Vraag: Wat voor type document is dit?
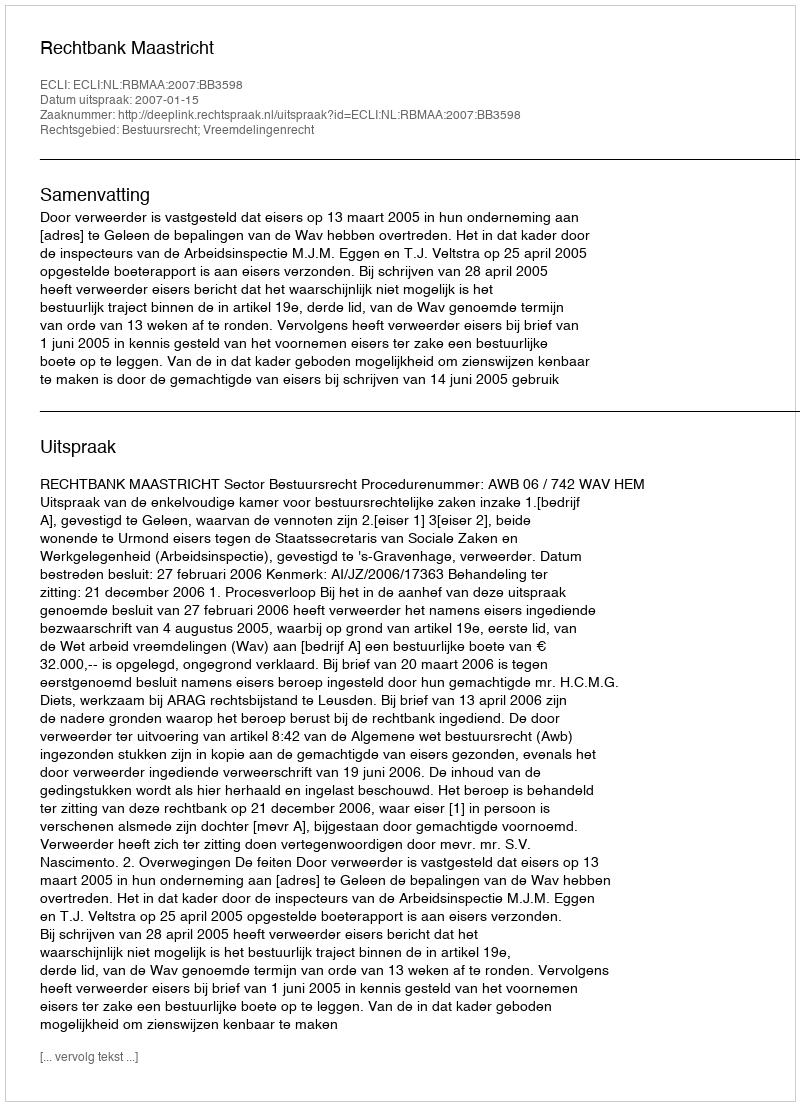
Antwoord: Uitspraak